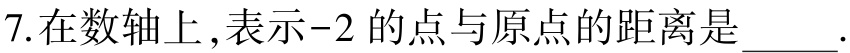
7.在数轴上,表示-2 的点与原点的距离是____.